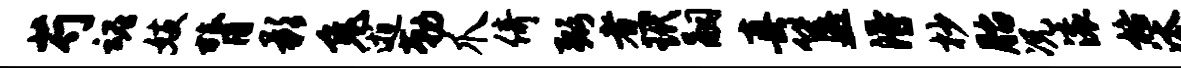
芍魂妓膂影兔逝勒爪倚弼煮玳嗣真簋得杪胎况滚格汰